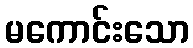
မကောင်းသော